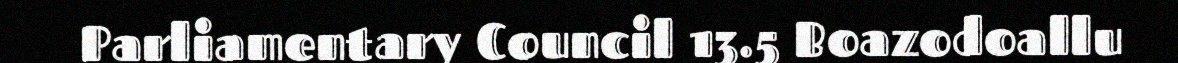
Parliamentary Council 13.5 Boazodoallu